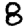
Digit: 8